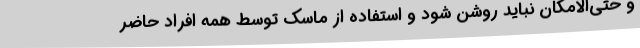
و حتی‌الامکان نباید روشن شود و استفاده از ماسک توسط همه افراد حاضر